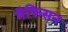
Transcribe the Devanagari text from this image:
मैफिसन